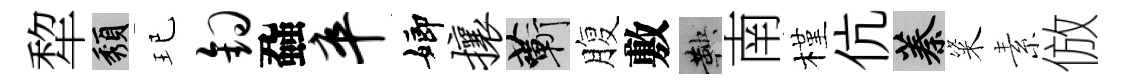
犂頽玘钩蝨卒嫏攘蔪腹敷鞅南槿伉蓁粢素倣